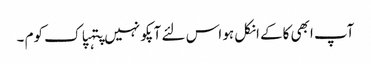
آپ ابھی کاکے انکل ہو اس لئے آپکو نہیں پتہپاک کوم ۔